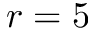
r = 5